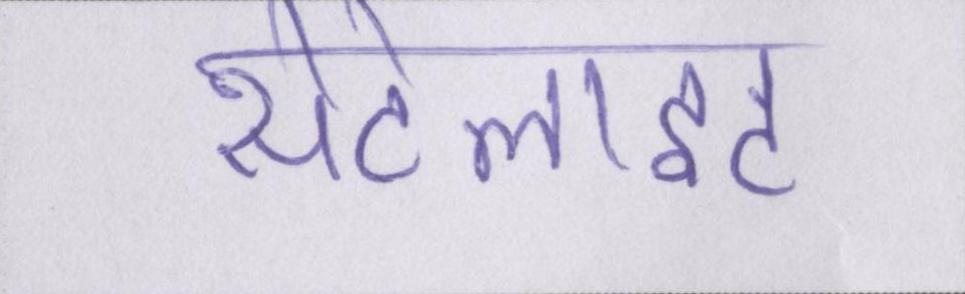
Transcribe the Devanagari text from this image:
सेटेलाइट